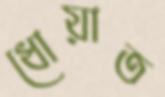
ধোয়াত